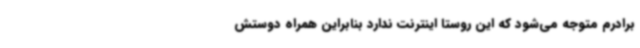
برادرم متوجه می‌شود که این روستا اینترنت ندارد بنابراین همراه دوستش